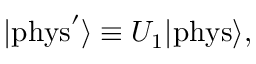
| \mathrm { { p h y s } } ^ { \prime } \rangle \equiv U _ { 1 } | { \mathrm { p h y s } } \rangle ,